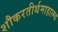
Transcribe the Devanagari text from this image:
शौकरतीर्थमाहात्म्य